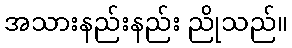
အသားနည်းနည်း ညိုသည်။